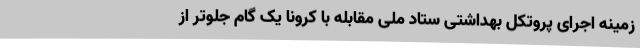
زمینه اجرای پروتکل بهداشتی ستاد ملی مقابله با کرونا یک گام جلوتر از